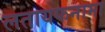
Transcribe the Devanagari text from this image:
लतायफनामा